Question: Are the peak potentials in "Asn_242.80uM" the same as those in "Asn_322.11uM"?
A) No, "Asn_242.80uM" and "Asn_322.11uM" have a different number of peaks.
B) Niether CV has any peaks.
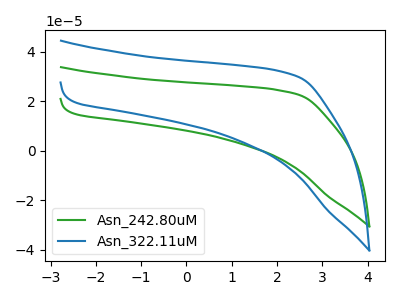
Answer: <think>The green curve "Asn_242.80uM" has no peaks. The blue curve "Asn_322.11uM" has no peaks.</think>
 <answer>B) Niether CV has any peaks.</answer>
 <eval>B</eval>